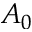
A _ { 0 }